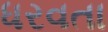
ધરવતા